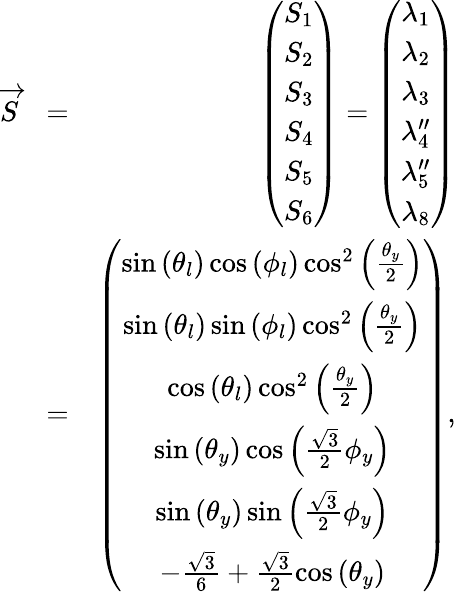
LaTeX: \begin{array}{rlr}{\overrightarrow{S}}&{=}&{\left(\begin{array}{c}{S_{1}}\\ {S_{2}}\\ {S_{3}}\\ {S_{4}}\\ {S_{5}}\\ {S_{6}}\end{array}\right)=\left(\begin{array}{c}{\lambda_{1}}\\ {\lambda_{2}}\\ {\lambda_{3}}\\ {\lambda_{4}^{\prime\prime}}\\ {\lambda_{5}^{\prime\prime}}\\ {\lambda_{8}}\end{array}\right)}\\ &{=}&{\left(\begin{array}{c}{\sin\left(\theta_{l}\right)\cos\left(\phi_{l}\right)\cos^{2}\left(\frac{\theta_{y}}{2}\right)}\\ {\sin\left(\theta_{l}\right)\sin\left(\phi_{l}\right)\cos^{2}\left(\frac{\theta_{y}}{2}\right)}\\ {\cos\left(\theta_{l}\right)\cos^{2}\left(\frac{\theta_{y}}{2}\right)}\\ {\sin\left(\theta_{y}\right)\cos\left(\frac{\sqrt{3}}{2}\phi_{y}\right)}\\ {\sin\left(\theta_{y}\right)\sin\left(\frac{\sqrt{3}}{2}\phi_{y}\right)}\\ {-\frac{\sqrt{3}}{6}+\frac{\sqrt{3}}{2}\cos\left(\theta_{y}\right)}\end{array}\right),}\end{array}